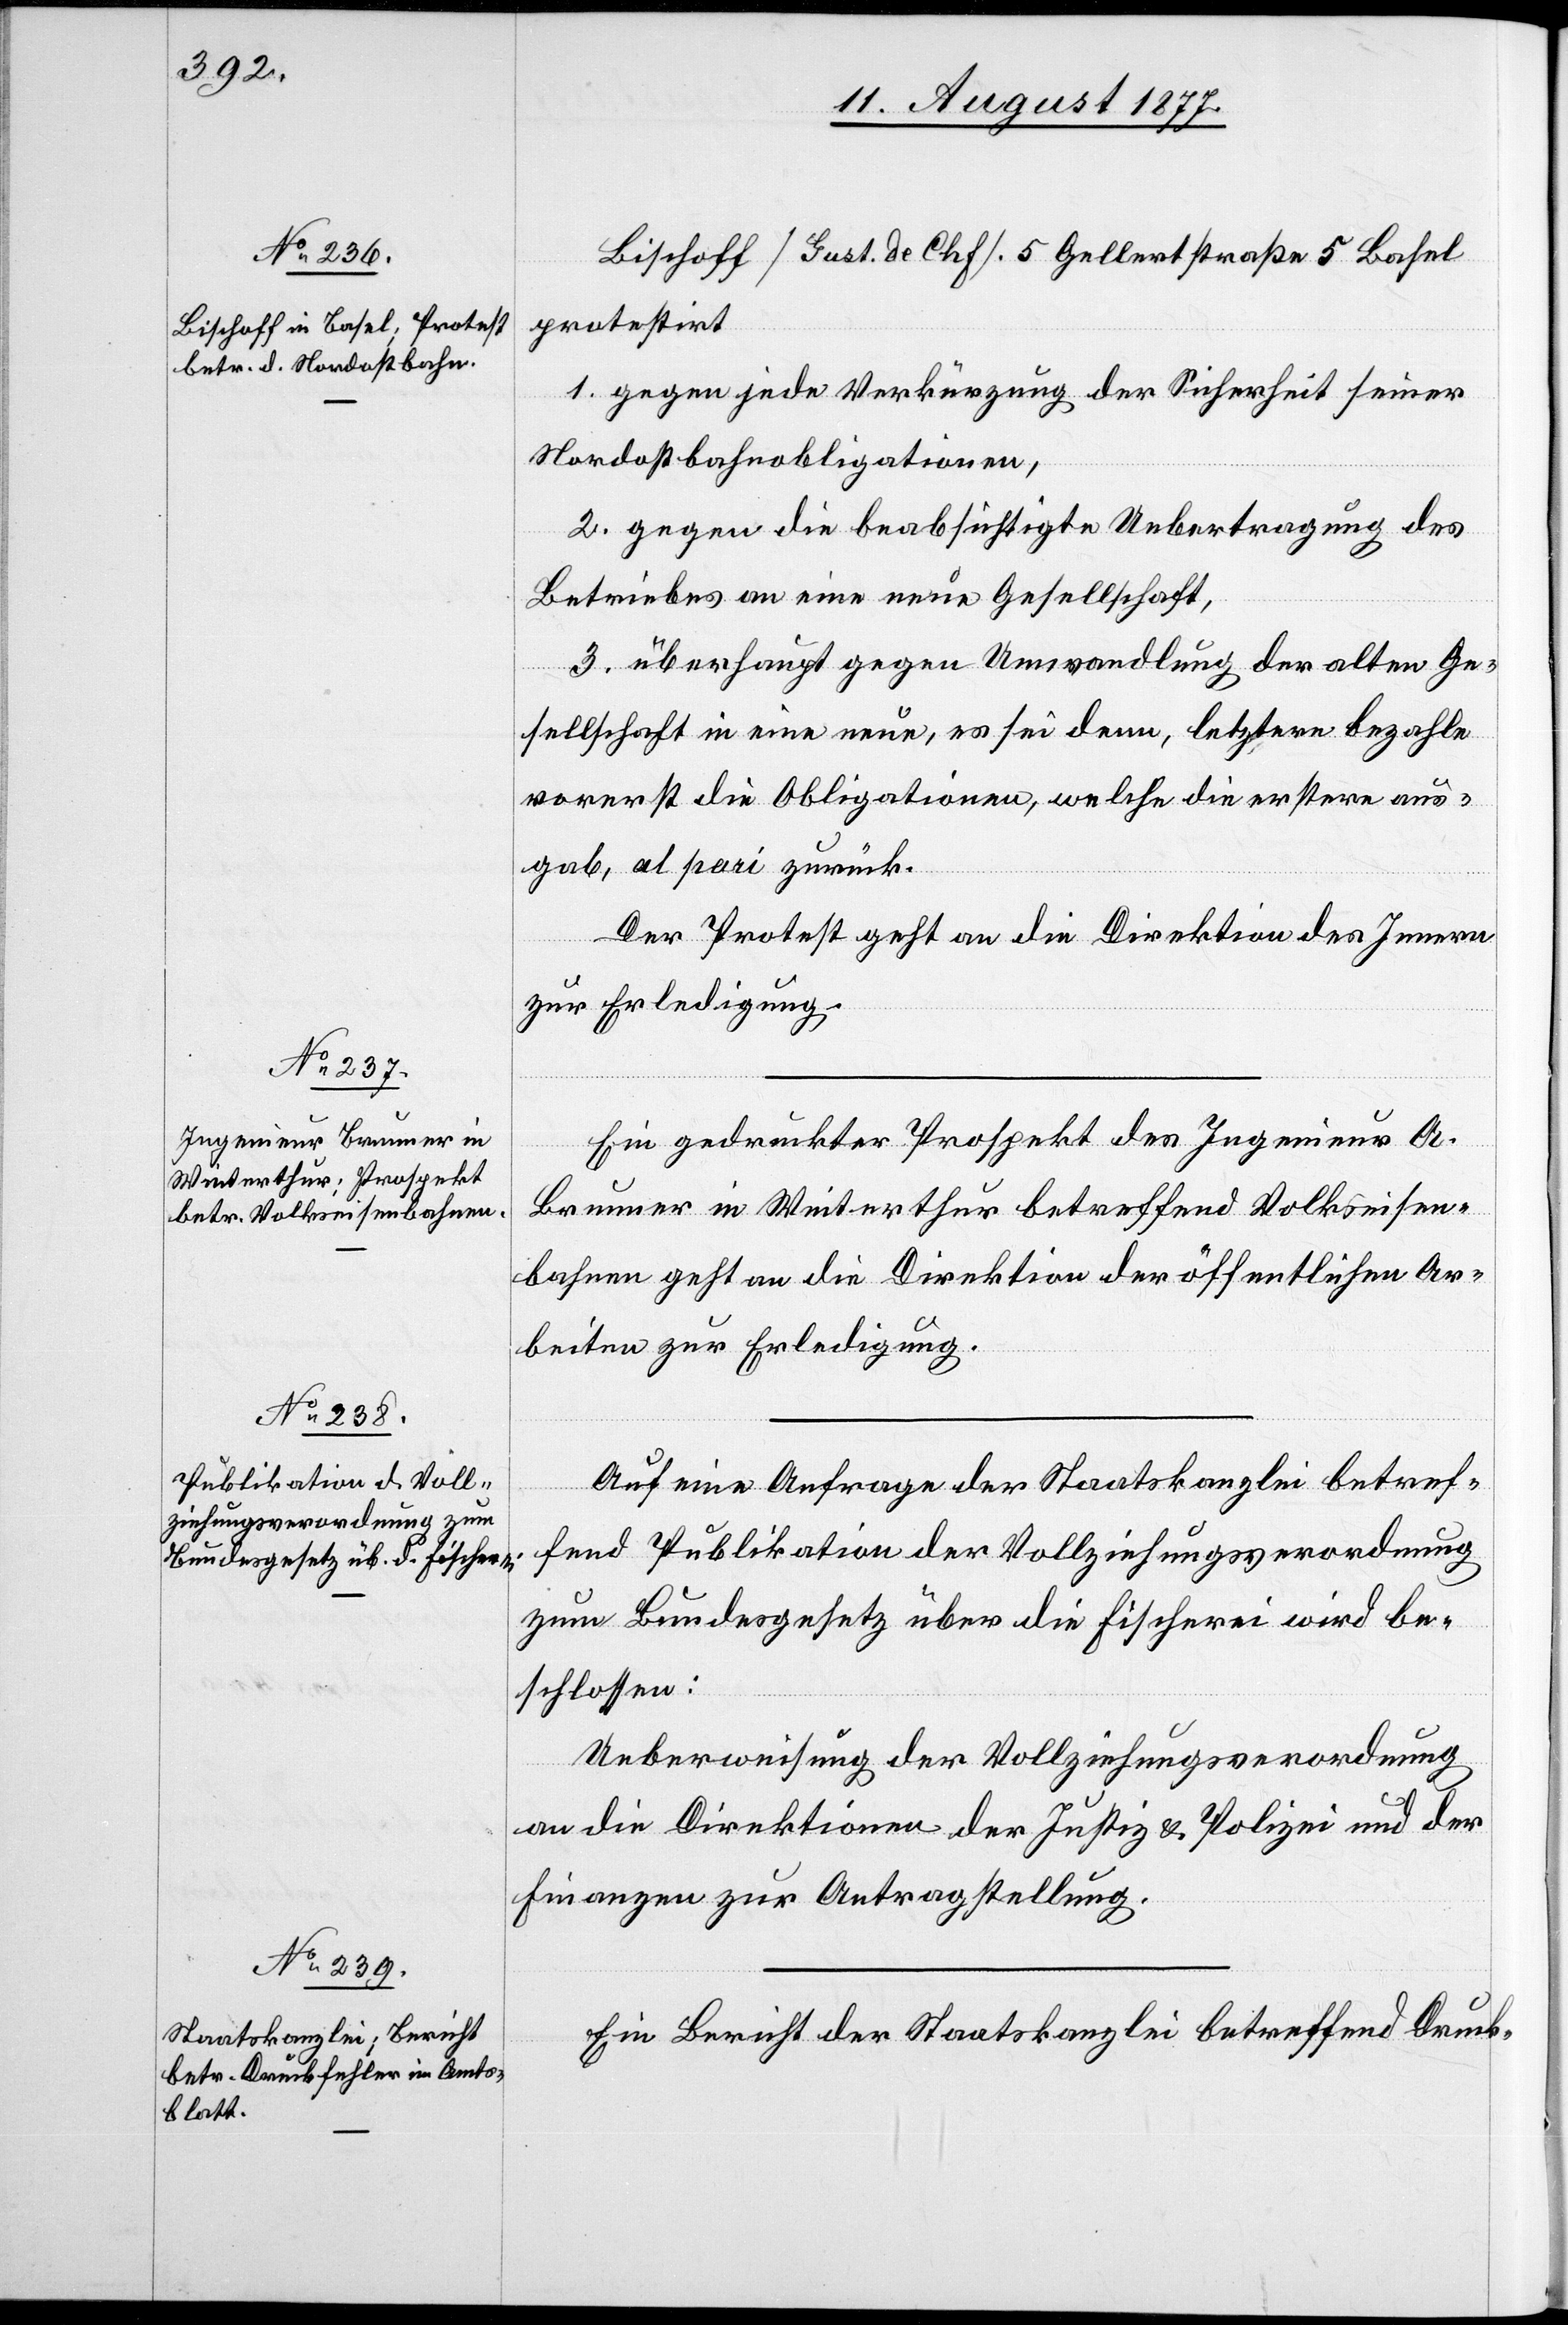
Bischoff [Gust. de Chf]. 5 Gellertstraße 5 Basel
protestirt
1. gegen jede Verkürzung der Sicherheit seiner
Nordostbahnobligationen,
2. gegen die beabsichtigte Uebertragung des
Betriebes an eine neue Gesellschaft,
3. überhaupt gegen Umwandlung der alten Ge¬
sellschaft in eine neue, es sei denn, letztere bezahle
vorerst die Obligationen, welche die erstere aus¬
gab, al pari zurück.
Der Protest geht an die Direktion des Innern
zur Erledigung.
Ein gedruckter Prospekt des Ingenieur A.
Brunner in Winterthur betreffend Volkseisen¬
bahnen geht an die Direktion der öffentlichen Ar¬
beiten zur Erledigung.
Auf eine Anfrage der Staatskanzlei betref¬
fend Publikation der Vollziehungsverordnung
zum Bundesgesetz über die Fischerei wird be¬
schlossen:
Ueberweisung der Vollziehungsverordnung
an die Direktionen der Justiz & Polizei und der
Finanzen zur Antragstellung.
Ein Bericht der Staatskanzlei betreffend Druck-